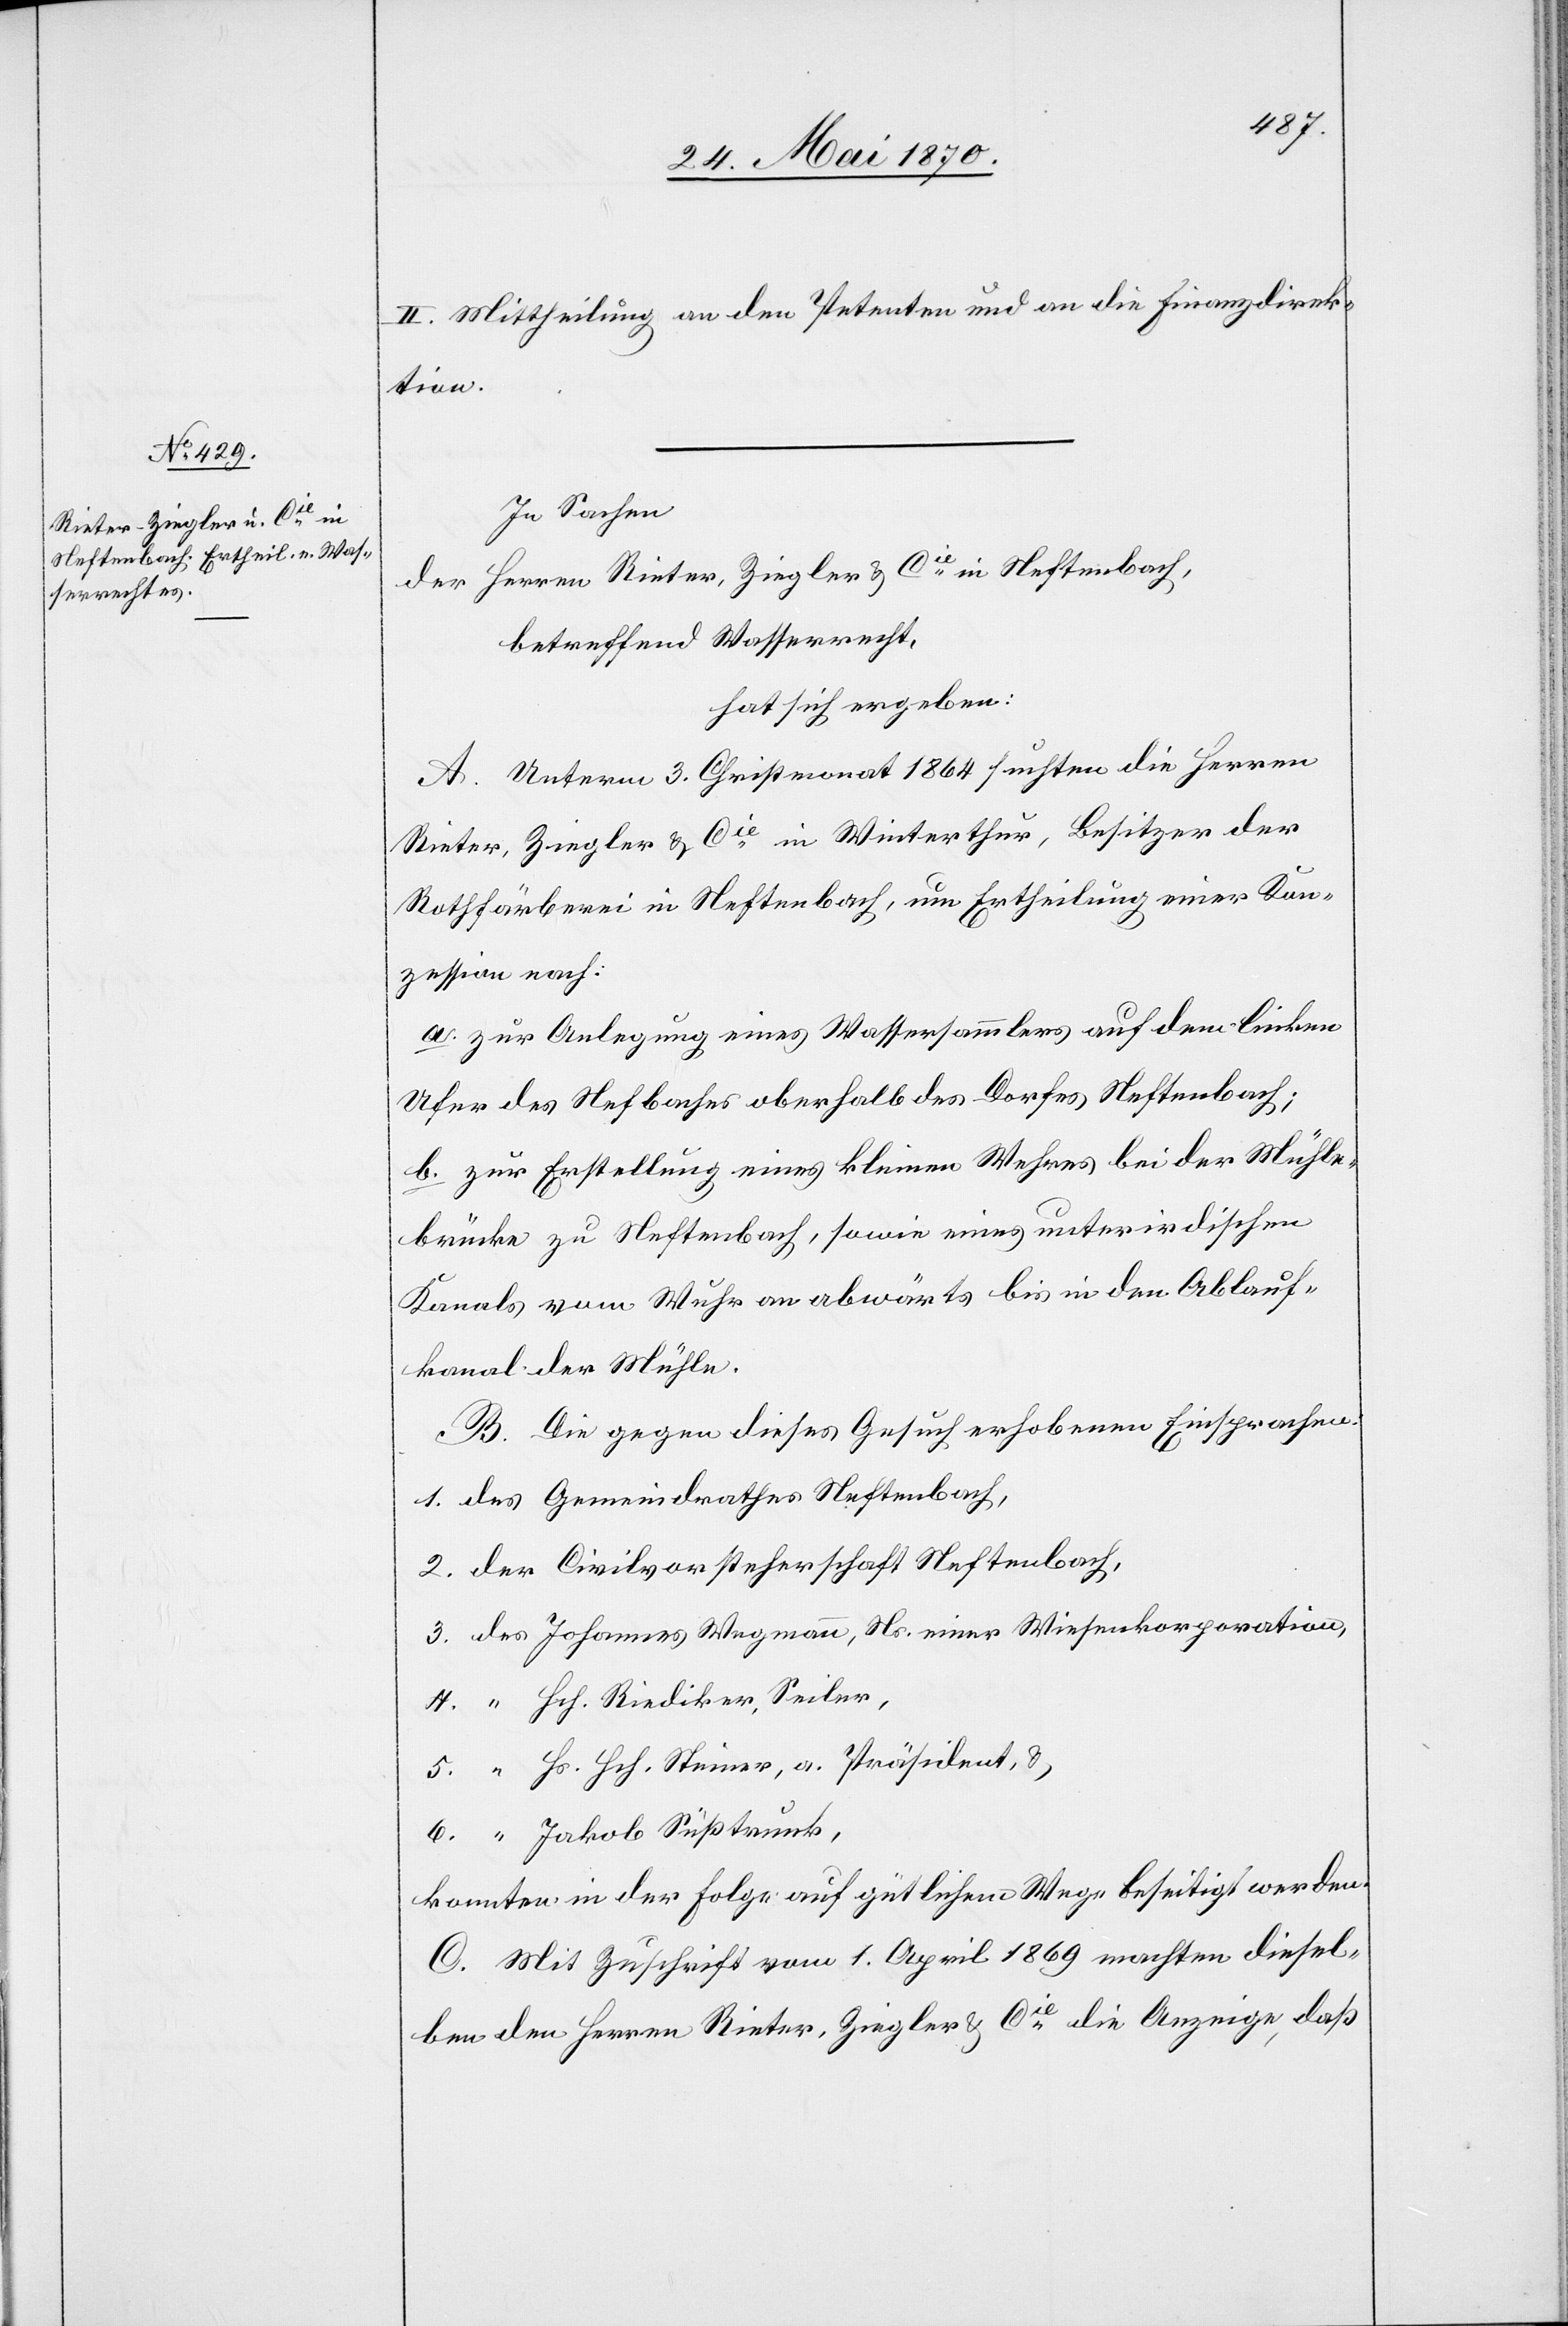
II. Mittheilung an den Petenten und an die Finanzdirek¬
tion.
In Sachen
der Herren Rieter, Ziegler & Cie in Neftenbach,
betreffend Wasserrecht,
hat sich ergeben:
A. Unterm 3. Christmonat 1864 suchten die Herren
Rieter, Ziegler & Cie in Winterthur, Besitzer der
Rothfärberei in Neftenbach, um Ertheilung einer Kon¬
zession nach:
a. Zur Anlegung eines Wassersammlers auf dem linken
Ufer des Nefbaches oberhalb des Dorfes Neftenbach;
b. Zur Erstellung eines kleinen Wehres bei der Mühle¬
brücke zu Neftenbach, sowie eines unterirdischen
Kanals vom Wuhr an abwärts bis in den Ablauf¬
kanal der Mühle.
B. Die gegen dieses Gesuch erhobenen Einsprachen
1. des Gemeindrathes Neftenbach,
2. der Civilvorsteherschaft Neftenbach,
3. des Johannes Wegmann, Ns. einer Wiesenkorporation,
4. “ Hch. Riediker, Seiler,
5. “ Hs. Hch. Steiner, a. Präsident, &
6. “ Jakob Süßtrunk,
konnten in der Folge auf gütlichem Wege beseitigt werden.
C. Mit Zuschrift vom 1. April 1869 machten diesel¬
ben den Herren Rieter, Ziegler & Cie die Anzeige, daß